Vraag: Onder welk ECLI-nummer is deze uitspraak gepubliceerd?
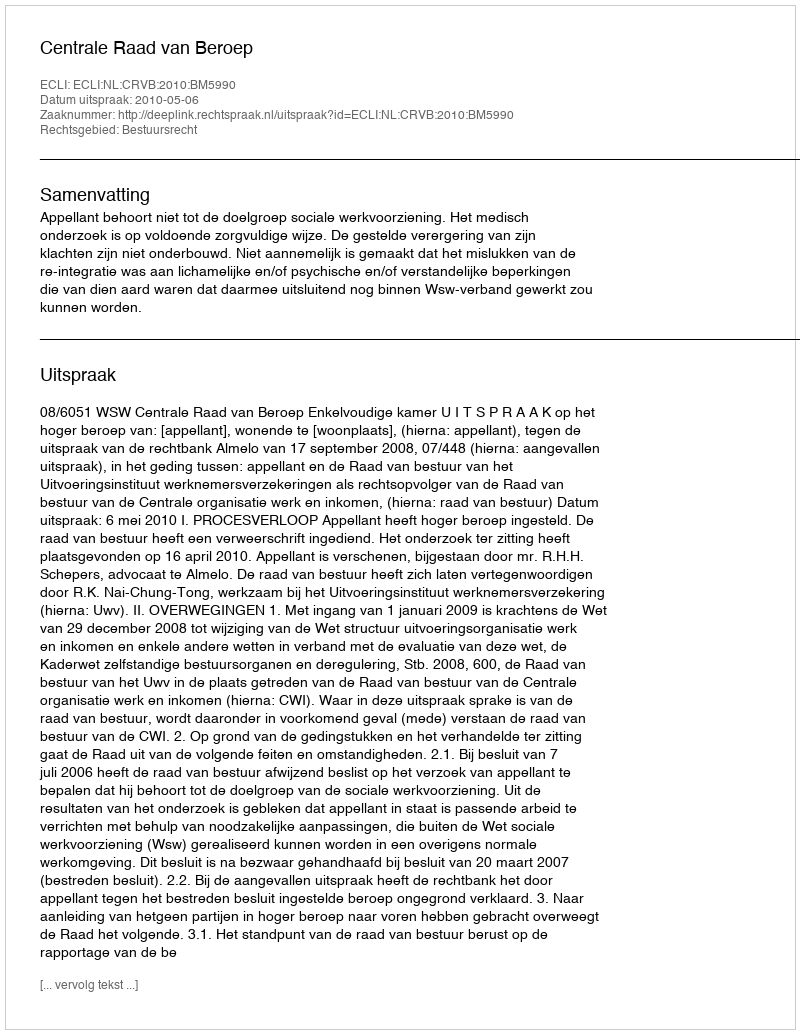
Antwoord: ECLI:NL:CRVB:2010:BM5990